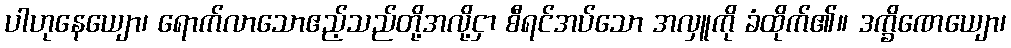
ပါဟုနေယျော၊ ရောက်လာသောဧည့်သည်တို့အလို့ငှာ စီရင်အပ်သော အလှူကို ခံထိုက်၏။ ဒက္ခိဏေယျော၊